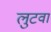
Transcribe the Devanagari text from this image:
लुटवा